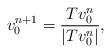
LaTeX: \begin{align*}v^{n+1}_0 = \frac{T v^{n}_0}{|T v^{n}_0|},\end{align*}